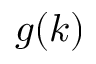
g ( k )